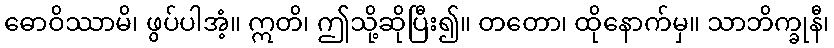
ဓောဝိဿာမိ၊ ဖွပ်ပါအံ့။ ဣတိ၊ ဤသို့ဆိုပြီး၍။ တတော၊ ထိုနောက်မှ။ သာဘိက္ခုနီ၊